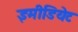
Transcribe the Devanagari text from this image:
इमीडियेट